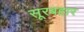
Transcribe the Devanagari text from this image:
सूरबहार